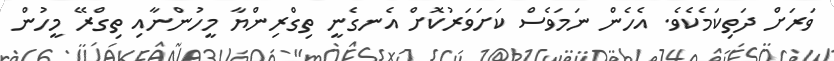
ވަރަށް ދަތިކަމެކެވެ. އެހެން ނަމަވެސް ކަށަވަރުކޮށް އެނގެނީ ތިގްރިންޔާ މީހުންނާއި ތިގްރޭ މީހުން